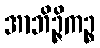
အာဘိဉ္ဇိကဉ္စ